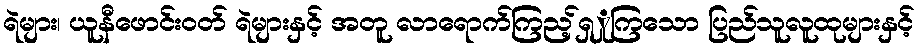
ရဲများ၊ ယူနီဖောင်းဝတ် ရဲများနှင့် အတူ လာရောက်ကြည့်ရှှုကြသော ပြည်သူလူထုများနှင့်